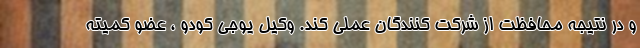
و در نتیجه محافظت از شرکت کنندگان عملی کند. وکیل یوجی کودو ، عضو کمیته